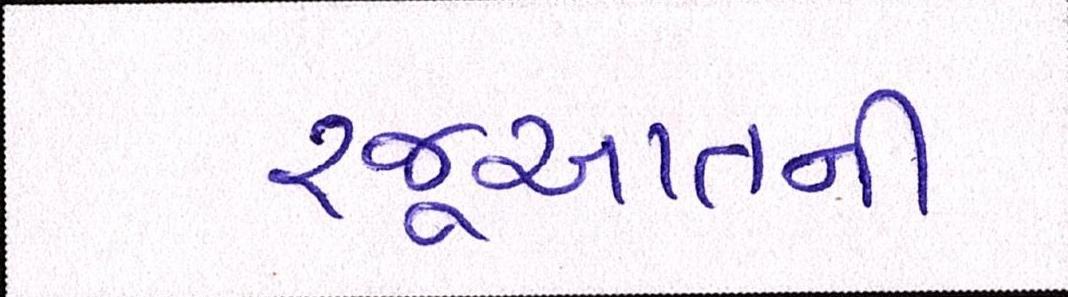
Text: રજૂઆતની